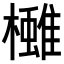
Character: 𪴓